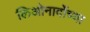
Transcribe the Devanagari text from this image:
लिओनार्दोच्या